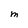
Character: M